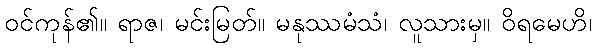
ဝင်ကုန်၏။ ရာဇ၊ မင်းမြတ်။ မနုဿမံသံ၊ လူသားမှ။ ဝိရမေဟိ၊